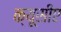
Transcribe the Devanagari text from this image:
क्यूसीए